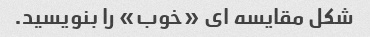
شکل مقایسه ای «خوب» را بنویسید.